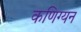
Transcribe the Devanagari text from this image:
कणिग्यन